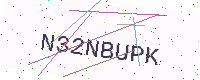
Text: N32NBUPK